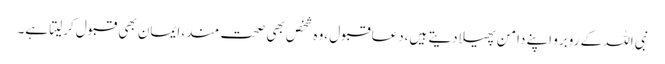
نبی اللہ کے روبرو اپنے دامن پھیلادیتے ہیں،دعاقبول ،وہ شخص بھی صحت مند، ایمان بھی قبول کرلیتا ہے۔